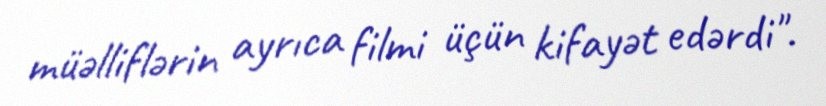
müəlliflərin ayrıca filmi üçün kifayət edərdi".